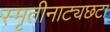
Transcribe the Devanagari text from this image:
स्मृतीनाट्यछटा